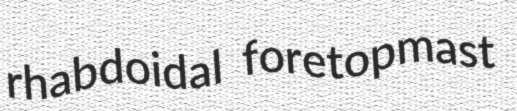
rhabdoidal foretopmast